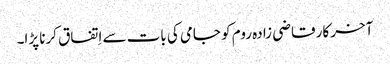
آخر کار قاضی زادہ روم کو جامی کی بات سے اِتفاق کرنا پڑا۔